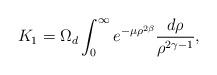
LaTeX: \begin{align*}K_1=\Omega_d\int_0^\infty e^{-\mu \rho^{2\beta}}\frac{d\rho}{\rho^{2\gamma-1}},\end{align*}